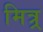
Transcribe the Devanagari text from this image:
मित्र्र